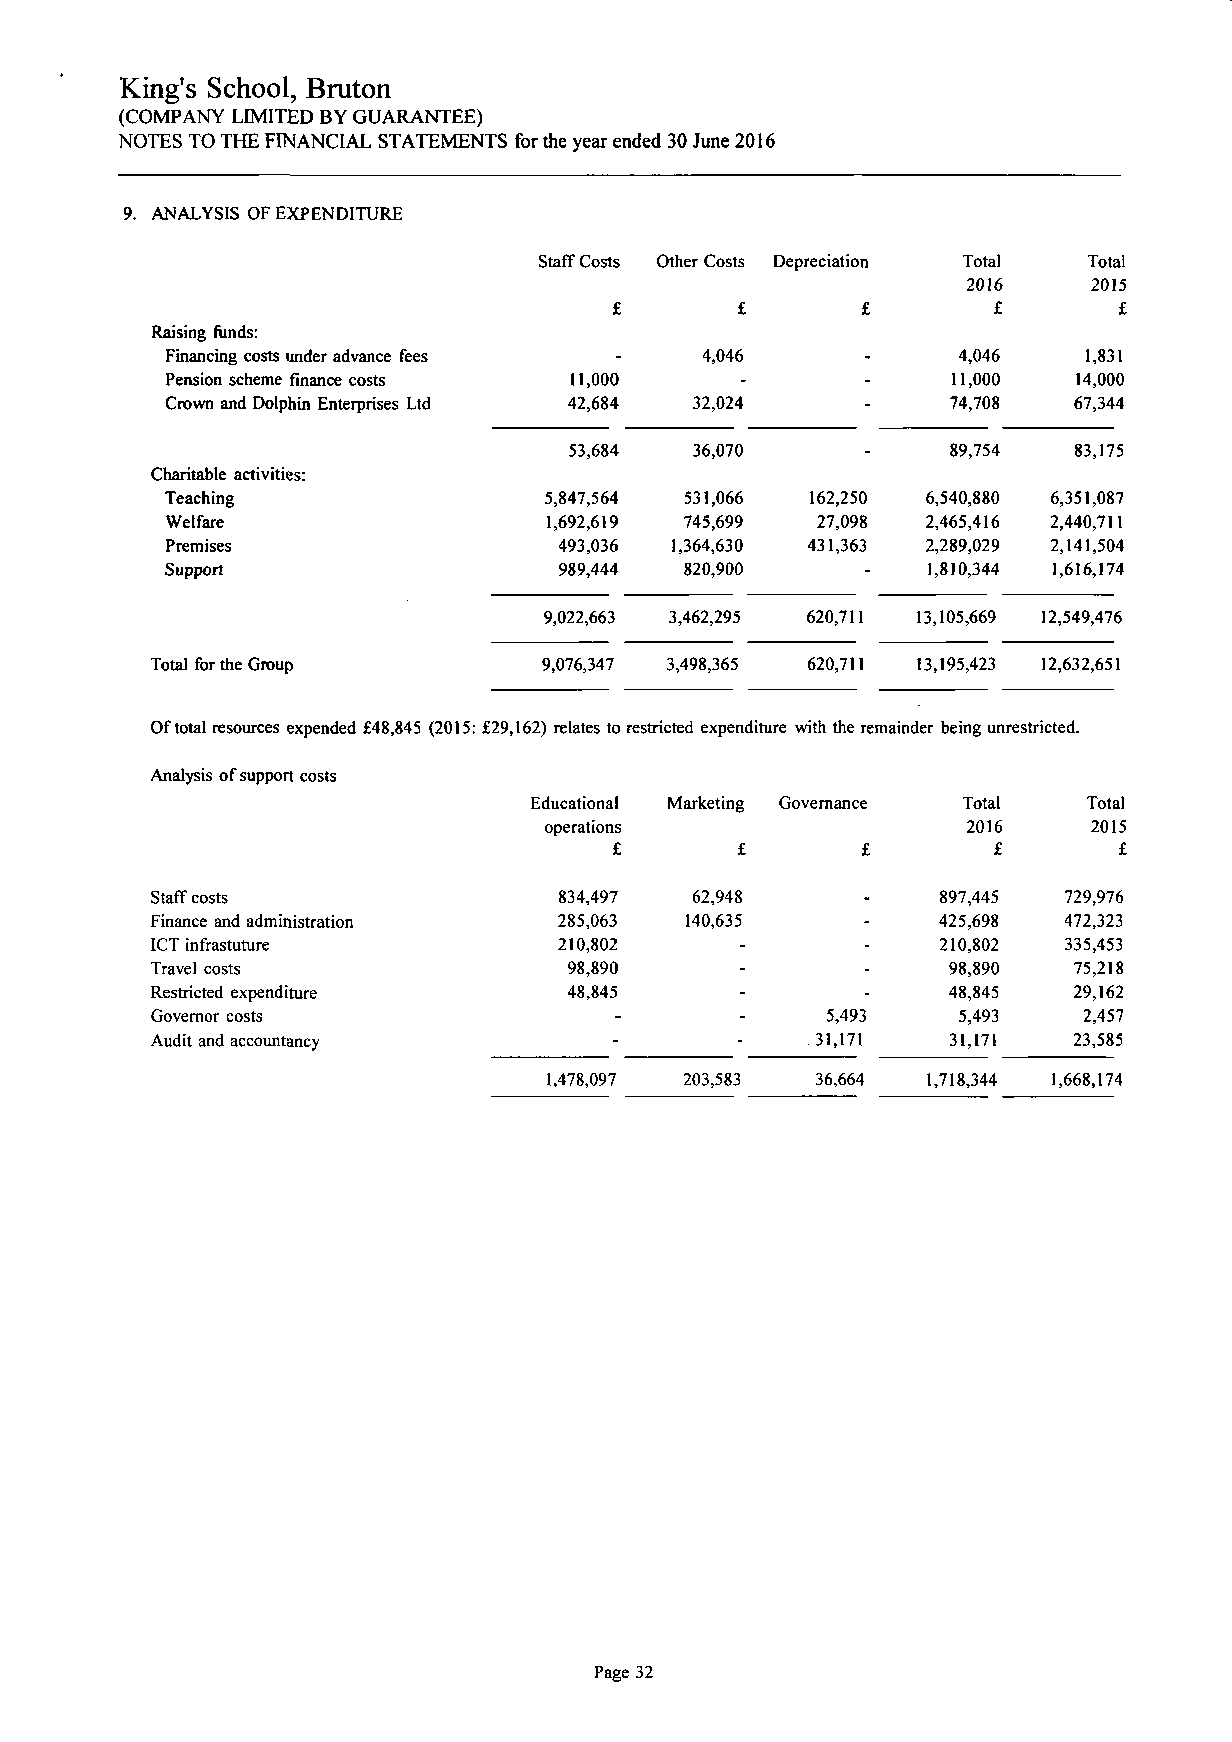
King's School, Bruton
 (COMPANY LIMITED BY GUARANTEE)
 NOTES TO THE FINANCIAL STATEMENTS for the year ended 30 June 2016
 9. ANALYSIS OF EXPENDITURE
 Staff Costs Other Costs Depreciation Total Total
 2016    2015
 £       £       £        £       £
 Raising funds:
 Financing costs under advance fees - 4,046    -     4,046    1,831
 Pension scheme finance costs 11,000   -       -     11,000  14,000
 Crown and Dolphin Enterprises Ltd 42,684 32,024 -   74,708  67,344
 53,684  36,070     _     89,754  83,175
 Charitable activities:
 Teaching                 5,847,564 531,066 162,250 6,540,880 6,351,087
 Welfare                  1,692,619 745,699 27,098 2,465,416 2,440,711
 Premises                  493,036 1,364,630 431,363 2,289,029 2,141,504
 Support                   989,444 820,900     -   1,8)0,344 1,616,174
 9,022,663 3,462,295 620,711 13,105,669 12,549,476
 Total for the Group       9,076,347 3,498,365 620,711 13,195,423 12,632,651
 Of total resources expended £48,845 (2015: £29,162) relates to restricted expenditure with the remainder being unrestricted.
 Analysis of support costs
 Educational Marketing Governance Total Total
 operations                  2016    2015
 £       £       £        £       £
 Staff costs                834,497  62,948          897,445 729,976
 Finance and administration 285,063 140,635     -    425,698 472,323
 ICT infrastuture           210,802     -       -    210,802 335,453
 Travel costs                98,890     -       -     98,890  75,218
 Restricted expenditure      48,845     -       -     48,845  29,162
 Governor costs                 -       -     5,493   5,493    2,457
 Audit and accountancy          -       -    31,171   31,171  23,585
 1,478,097 203,583 36,664 1,718,344 1,668,174
 Page 32